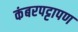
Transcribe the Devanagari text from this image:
कंबरपट्टापण